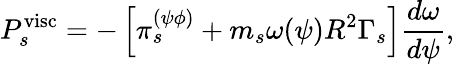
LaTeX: P_{s}^{\mathrm{visc}}=-\left[\pi_{s}^{(\psi\phi)}+m_{s}\omega(\psi)R^{2}\Gamma_{s}\right]\frac{d\omega}{d\psi},